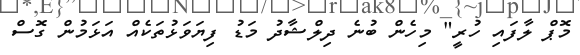
މޮޕް ލާފައި ހުރީ" މިހެން ބުނެ ދިލްޝާދު މަޑު ފިޔަވަޅުތަކެއް އަޅަމުން ގޮސް